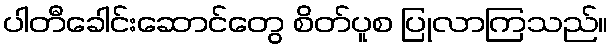
ပါတီခေါင်းဆောင်တွေ စိတ်ပူစ ပြုလာကြသည်။